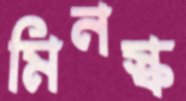
মিনস্ক